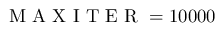
\mathrm { ~ M ~ A ~ X ~ I ~ T ~ E ~ R ~ } = 1 0 0 0 0